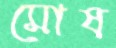
মোষ